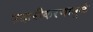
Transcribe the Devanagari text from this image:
उदारीकरणामुळे